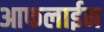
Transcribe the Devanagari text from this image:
आफलाईन